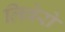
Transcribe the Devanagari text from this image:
लिबेरो